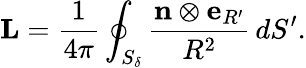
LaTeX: {\mathbf L}=\frac{1}{4\pi}\oint_{S_{\delta}}\frac{{\mathbf n}\otimes{\mathbf e}_{R^{\prime}}}{R^{2}}\, dS^{\prime}.